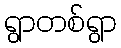
ရွာတစ်ရွာ